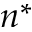
n ^ { * }